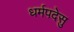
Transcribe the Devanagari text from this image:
धर्मपदेसु